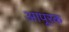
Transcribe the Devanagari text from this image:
आपूरक